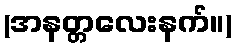
(အနတ္တလေးနက်။)